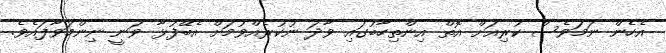
އެހެން ނަމަވެސް ކުރިއަށް އޮތް އިންތިހާބުގައި ވާދަ ނުކުރެއްވުމަށް އެބޭފުޅާ ވަނީ ނިންމަވާފައެވެ.